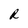
Character: R